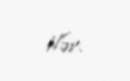
ilər.